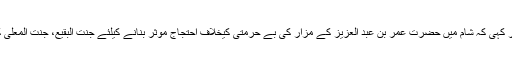
انہوں نے یہ بات زور دیکر کہی کہ شام میں حضرت عمر بن عبد العزیز کے مزار کی بے حرمتی کیخلاف احتجاج موثر بنانے کیلئے جنت البقیع، جنت المعلٰی کی تعمیر نو ضروری ہے۔